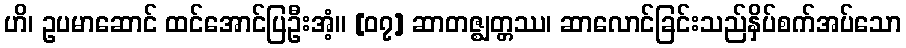
ဟိ၊ ဥပမာဆောင် ထင်အောင်ပြဦးအံ့။ [၀၇] ဆာတဇ္ဈတ္တဿ၊ ဆာလောင်ခြင်းသည်နှိပ်စက်အပ်သော